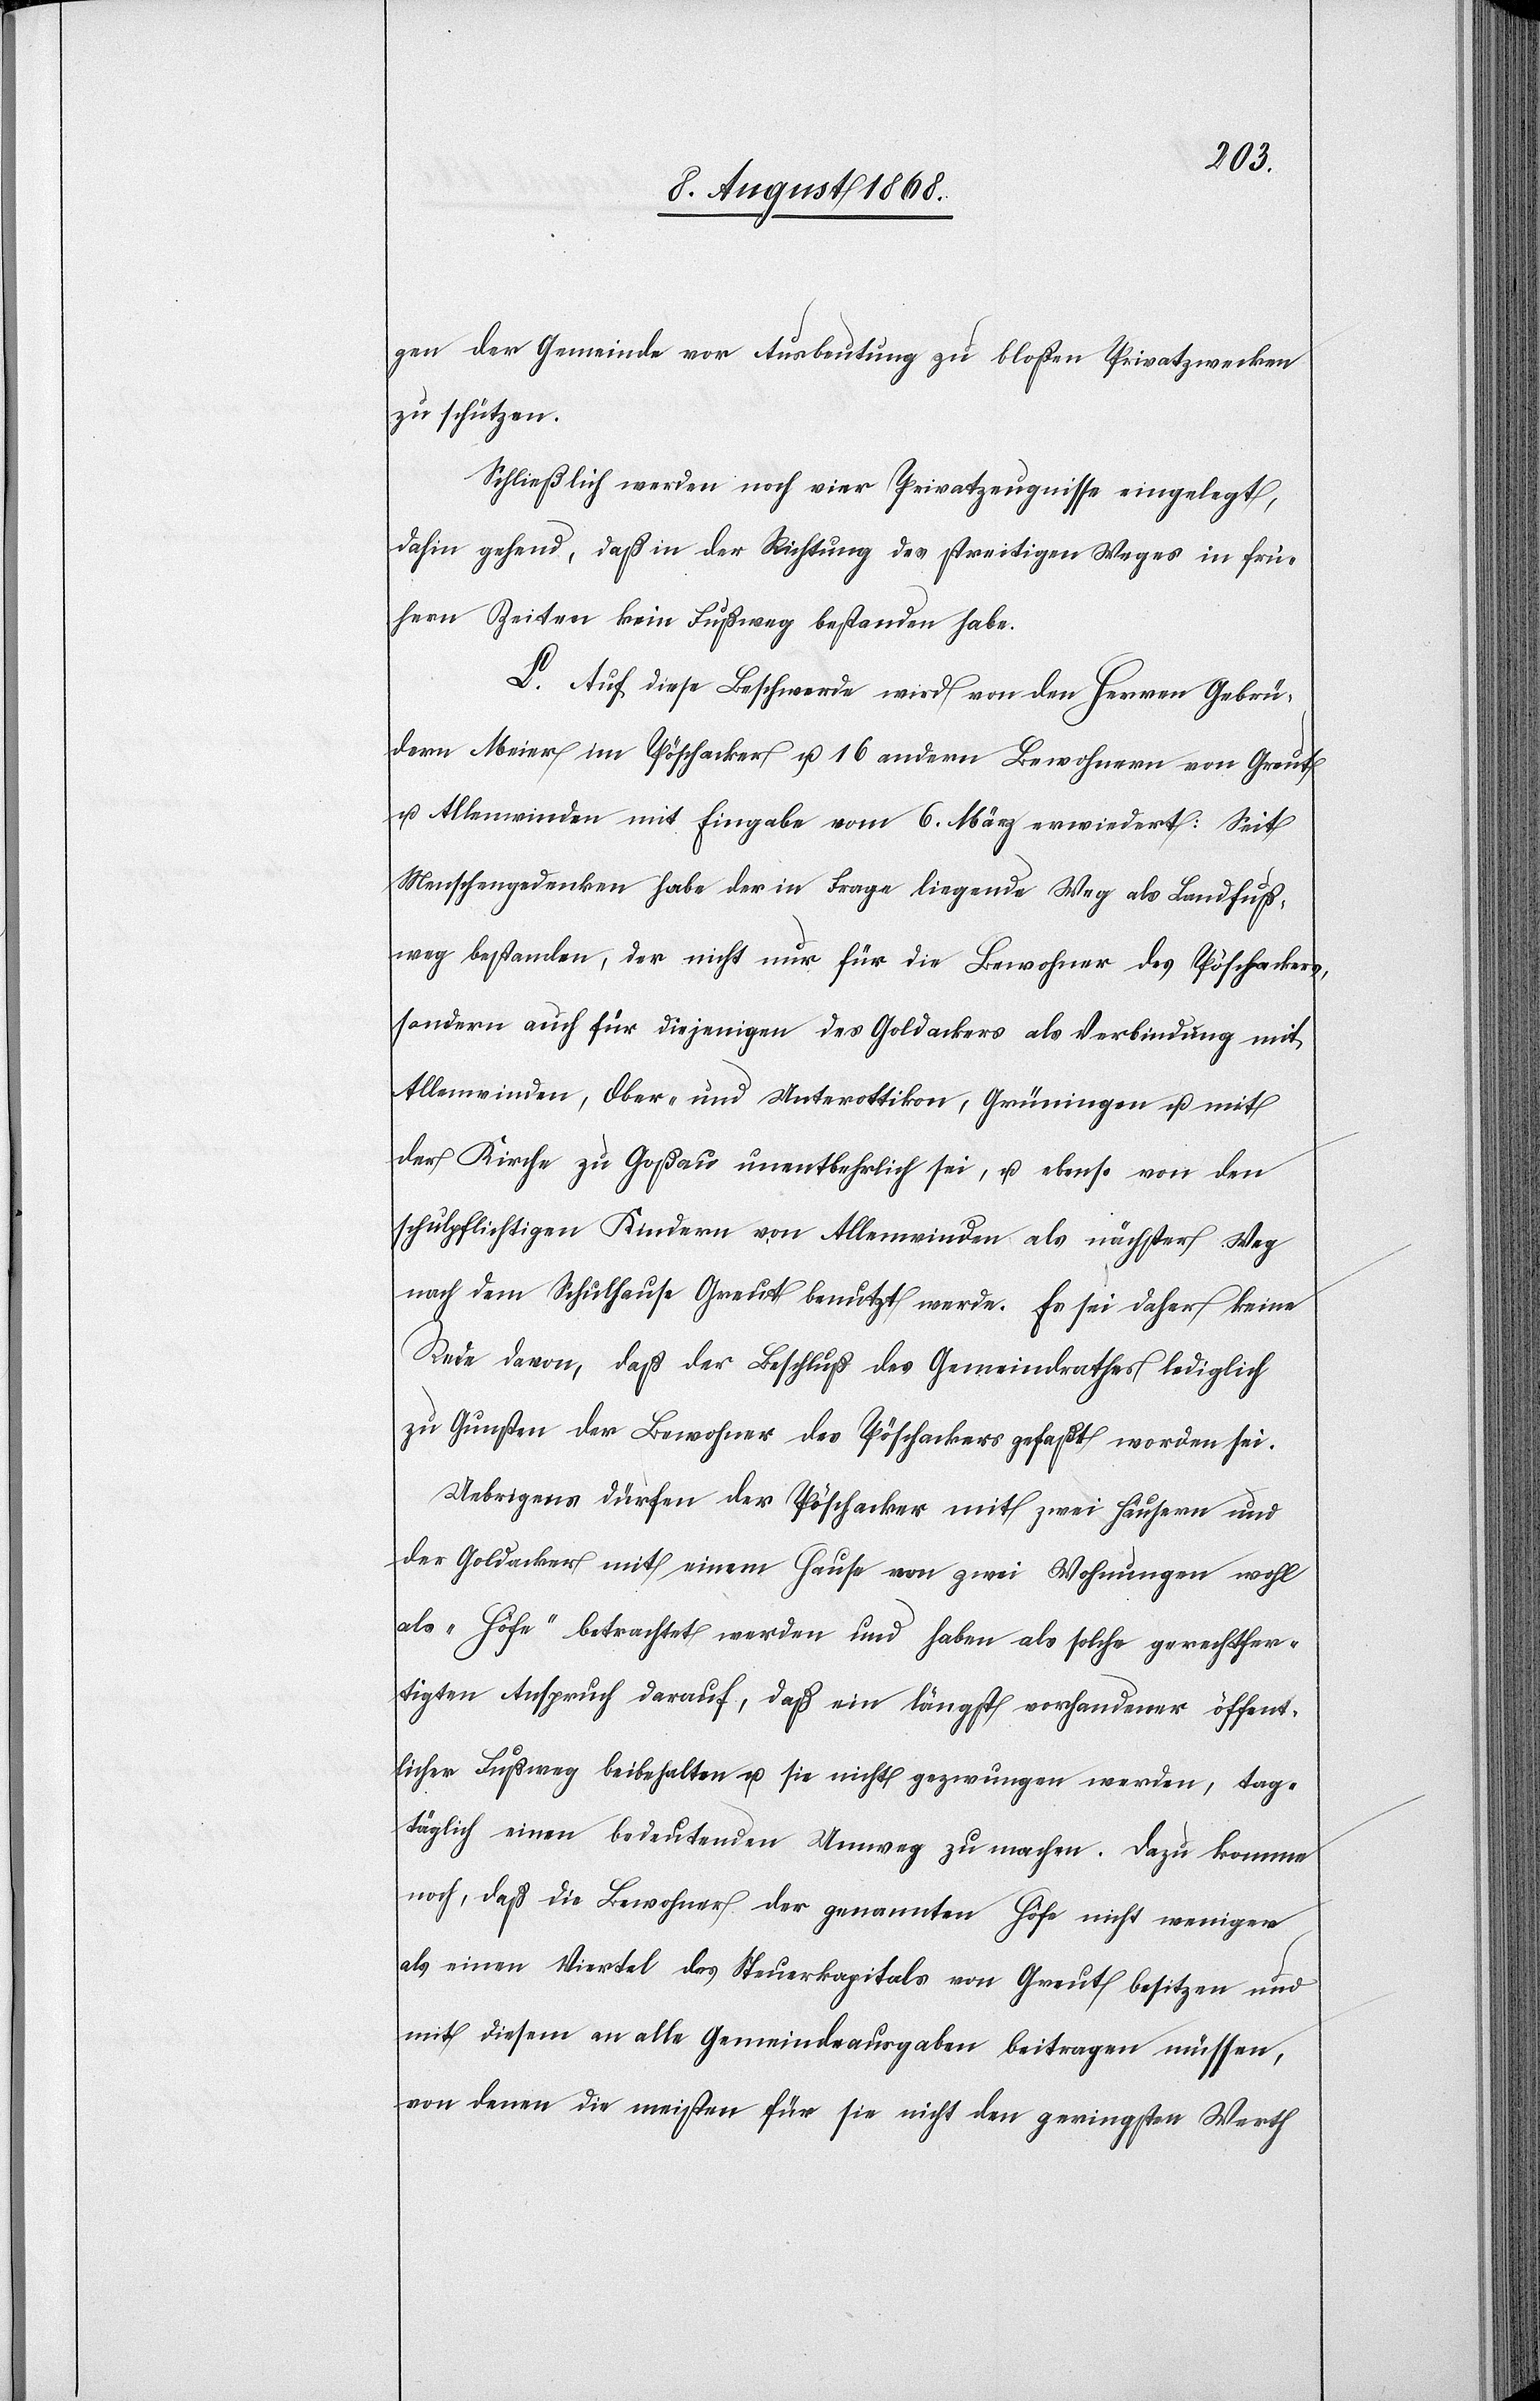
gen der Gemeinde vor Ausbeutung zu bloßen Privatzwecken
zu schützen.
Schließlich werden noch vier Privatzeugnisse eingelegt,
dahin gehend, daß in der Richtung des streitigen Weges in frü¬
hern Zeiten kein Fußweg bestanden habe.
L. Auf diese Beschwerde wird von den Herren Gebrü¬
dern Meier im Pöschacker u. 16 andern Bewohnern von Greut
u. Allenwinden mit Eingabe vom 6. März erwiedert: Seit
Menschengedenken habe der in Frage liegende Weg als Landfuß¬
weg bestanden, der nicht nur für die Bewohner des Pöschackers,
sondern auch für diejenigen des Goldackers als Verbindung mit
Allenwinden, Ober- und Unterottikon, Grüningen u. mit
der Kirche zu Goßau unentbehrlich sei, u. ebenso von den
schulpflichtigen Kindern von Allenwinden als nächster Weg
nach dem Schulhause Greut benutzt werde. Es sei daher keine
Rede davon, daß der Beschluß des Gemeindrathes lediglich
zu Gunsten der Bewohner des Pöschackers gefaßt worden sei.
Uebrigens dürfen der Pöschacker mit zwei Häusern und
der Goldacker mit einem Hause von zwei Wohnungen wohl
als „Höfe“ betrachtet werden und haben als solche gerechtfer¬
tigten Anspruch darauf, daß ein längst vorhandener öffent¬
licher Fußweg beibehalten u. sie nicht gezwungen werden, tag¬
täglich einen bedeutenden Umweg zu machen. Dazu komme
noch, daß die Bewohner der genannten Höfe nicht weniger
als einen Viertel des Steuerkapitals von Greut besitzen und
mit diesem an alle Gemeindeausgaben beitragen müssen,
von denen die meisten für sie nicht den geringsten Werth